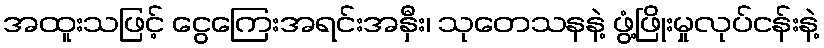
အထူးသဖြင့် ငွေကြေးအရင်းအနှီး၊ သုတေသနနဲ့ ဖွံ့ဖြိုးမှုလုပ်ငန်းနဲ့